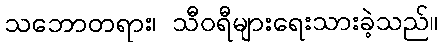
သဘောတရား၊ သီဝရီများရေးသားခဲ့သည်။